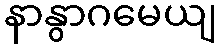
နာနွာဂမေယျ